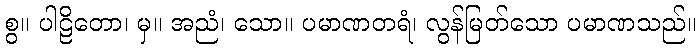
စွ။ ပါဠိတော၊ မှ။ အညံ၊ သော။ ပမာဏတရံ၊ လွန်မြတ်သော ပမာဏသည်။